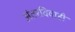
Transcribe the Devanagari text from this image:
अंतरविवाही